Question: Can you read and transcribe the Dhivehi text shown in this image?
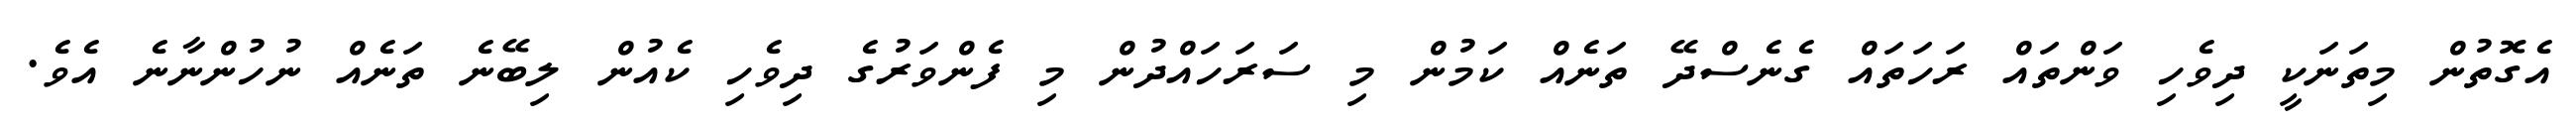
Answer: އެގޮތުން މިތަނަކީ ދިވެހި ވަންތައް ރަހަތައް ގެނެސްދޭ ތަނެއް ކަމުން މި ސަރަހައްދުން މި ފެންވަރުގެ ދިވެހި ކެއުން ލިބޭނެ ތަނެއް ނުހުންނާނެ އެވެ.